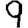
Digit: 9